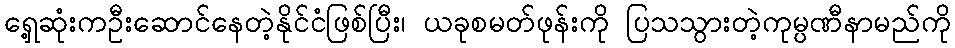
ရှေ့ဆုံးကဦးဆောင်နေတဲ့နိုင်ငံဖြစ်ပြီး၊ ယခုစမတ်ဖုန်းကို ပြသသွားတဲ့ကုမ္ပဏီနာမည်ကို